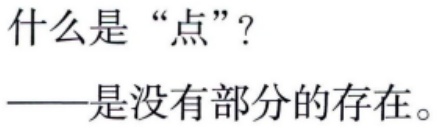
什么是“点”？
——是没有部分的存在。